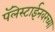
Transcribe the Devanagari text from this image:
पॅलेस्टाईनवरच्या